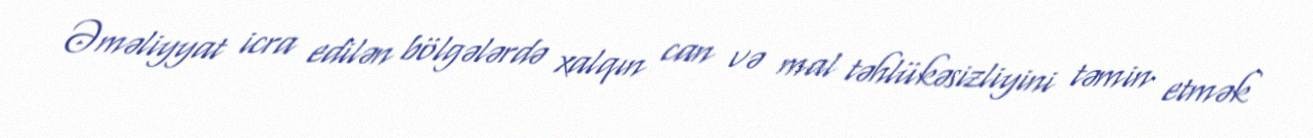
Əməliyyat icra edilən bölgələrdə xalqın can və mal təhlükəsizliyini təmin etmək